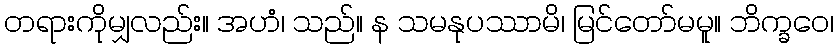
တရားကိုမျှလည်း။ အဟံ၊ သည်။ န သမနုပဿာမိ၊ မြင်တော်မမူ။ ဘိက္ခဝေ၊